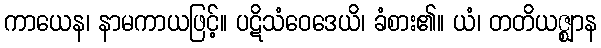
ကာယေန၊ နာမကာယဖြင့်။ ပဋိသံဝေဒေယိ၊ ခံစား၏။ ယံ၊ တတိယဇ္ဈာန